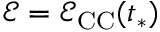
\mathcal { E } = \mathcal { E } _ { \mathrm { C C } } ( t _ { * } )